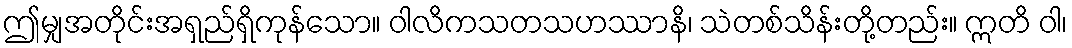
ဤမျှအတိုင်းအရှည်ရှိကုန်သော။ ဝါလိကသတသဟဿာနိ၊ သဲတစ်သိန်းတို့တည်း။ ဣတိ ဝါ၊